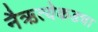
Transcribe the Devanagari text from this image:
नैऋत्येकडचा